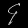
Digit: ၄